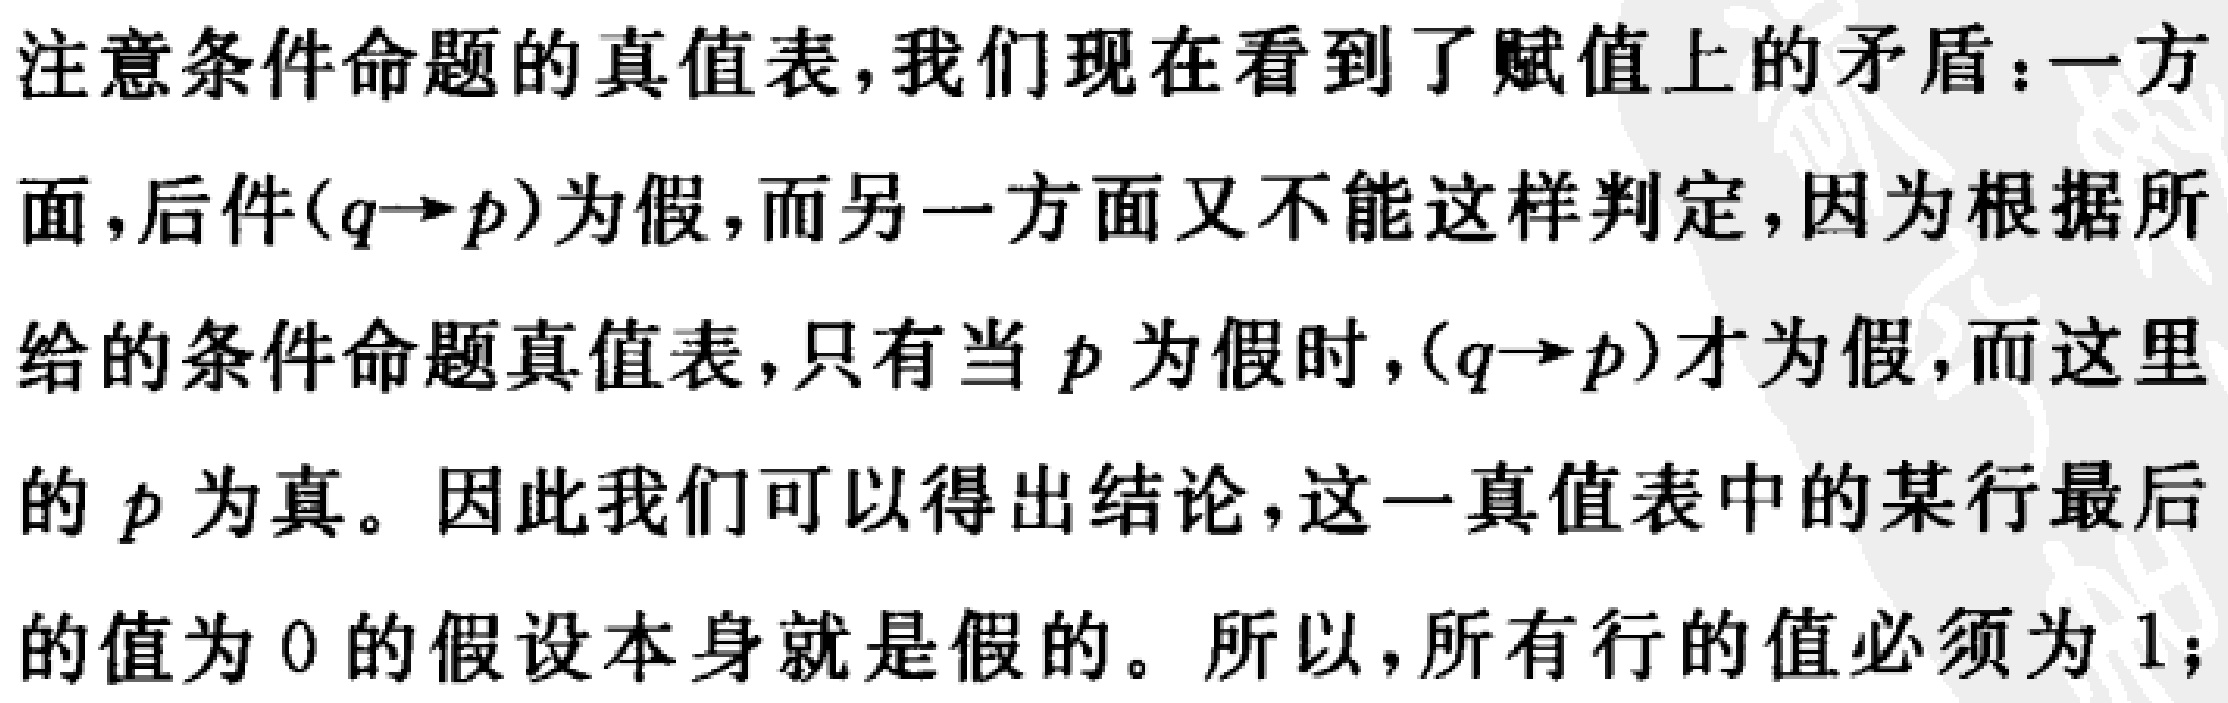
注意条件命题的真值表,我们现在看到了赋值上的矛盾:一方面,后件\((q\rightarrow p)\)为假,而另一方面又不能这样判定,因为根据所给的条件命题真值表,只有当 \(p\) 为假时,\((q\rightarrow p)\)才为假,而这里的 \(p\) 为真。因此我们可以得出结论,这一真值表中的某行最后的值为 \(0\) 的假设本身就是假的。所以,所有行的值必须为 \(1\);